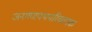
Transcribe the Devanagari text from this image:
जनगणपथपरिचायक